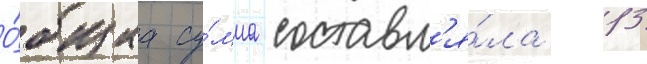
О́бщаа су́мма составл'я́ла 13